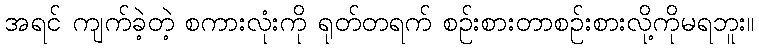
အရင် ကျက်ခဲ့တဲ့ စကားလုံးကို ရုတ်တရက် စဉ်းစားတာစဉ်းစားလို့ကိုမရဘူး။